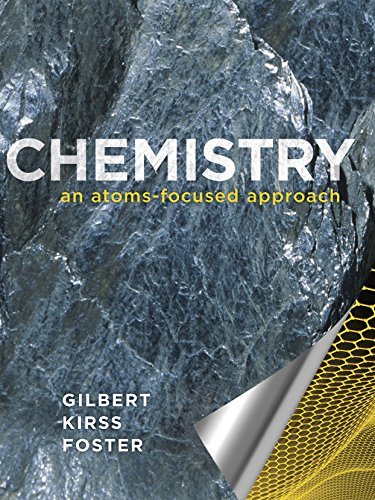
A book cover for Chemistry: An Atoms-Focused Approach; Thomas R. Gilbert; Science & Math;